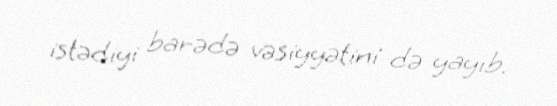
istədiyi barədə vəsiyyətini də yayıb.